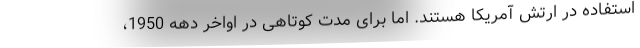
استفاده در ارتش آمریکا هستند. اما برای مدت کوتاهی در اواخر دهه 1950،